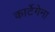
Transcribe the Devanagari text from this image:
कार्टेगेना